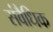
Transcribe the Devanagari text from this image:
संवैधिक